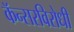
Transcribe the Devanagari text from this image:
कॅन्सरविरोधी